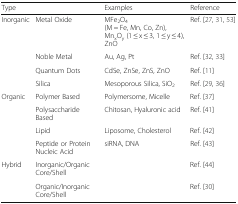
<table><thead><tr><td colspan="2"><b>Type</b></td><td><b>Examples</b></td><td><b>Reference</b></td></tr></thead><tbody><tr><td rowspan="4">Inorganic</td><td>Metal Oxide</td><td>MFe<sub>2</sub>O<sub>4</sub> (M = Fe, Mn, Co, Zn), Mn<sub>x</sub>O<sub>y</sub> (1 ≤ x ≤ 3, 1 ≤ y ≤ 4), ZnO</td><td>Ref. [27, 31, 53]</td></tr><tr><td>Noble Metal</td><td>Au, Ag, Pt</td><td>Ref. [32, 33]</td></tr><tr><td>Quantum Dots</td><td>CdSe, ZnSe, ZnS, ZnO</td><td>Ref. [11]</td></tr><tr><td>Silica</td><td>Mesoporous Silica, SiO<sub>2</sub></td><td>Ref. [29, 36]</td></tr><tr><td rowspan="4">Organic</td><td>Polymer Based</td><td>Polymersome, Micelle</td><td>Ref. [37]</td></tr><tr><td>Polysaccharide Based</td><td>Chitosan, Hyaluronic acid</td><td>Ref. [41]</td></tr><tr><td>Lipid</td><td>Liposome, Cholesterol</td><td>Ref. [42]</td></tr><tr><td>Peptide or Protein Nucleic Acid</td><td>siRNA, DNA</td><td>Ref. [43]</td></tr><tr><td rowspan="2">Hybrid</td><td>Inorganic/Organic Core/Shell</td><td></td><td>Ref. [44]</td></tr><tr><td>Organic/Inorganic Core/Shell</td><td></td><td>Ref. [30]</td></tr></tbody></table>